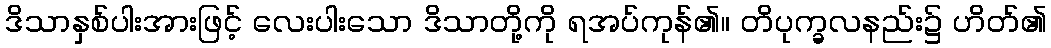
ဒိသာနှစ်ပါးအားဖြင့် လေးပါးသော ဒိသာတို့ကို ရအပ်ကုန်၏။ တိပုက္ခလနည်း၌ ဟိတ်၏